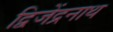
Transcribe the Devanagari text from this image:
द्विजेंद्रनाथ